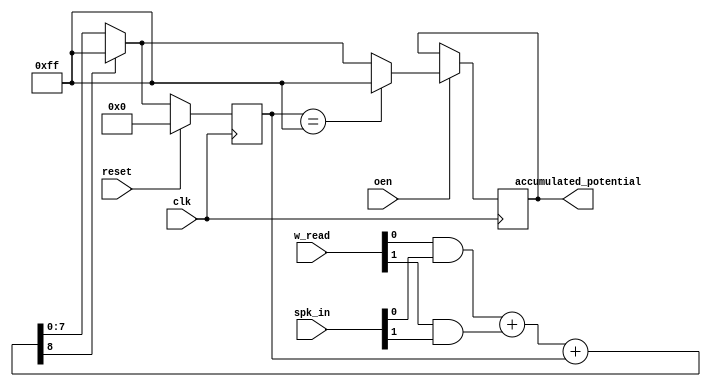
`default_nettype none
`timescale 1ns/1ns

module accumulator (
    input wire [1:0] w_read,
    input wire [1:0] spk_in,
    input wire oen,
    output reg [7:0] accumulated_potential,
    // input wire [8:0] cntr,
    input wire clk, reset
    );

    wire [1:0] synapse;
    wire [8:0] accumulator_next;
    reg [7:0] accumulator_reg;

    always @(posedge clk) begin
        if (reset) begin
            accumulator_reg <= 0;
        end else begin
            if (accumulator_next[8]) begin
                accumulator_reg <= 8'd255;
            end else begin
                accumulator_reg <= accumulator_next;
            end
        end
    end

    assign synapse[0] = w_read[0] & spk_in[0];
    assign synapse[1] = w_read[1] & spk_in[1];

    assign accumulator_next = synapse[0] + synapse[1] + accumulator_reg;



    always @(posedge clk) begin
        if (oen == 1) begin
            if (accumulator_reg == 8'd255) begin
                accumulated_potential <= 8'd255;
            end else begin
                if (accumulator_next[8]) begin
                    accumulated_potential <= 8'd255;
                end else begin
                    accumulated_potential <= accumulator_next;
                end
            end
        end
    end

    `ifdef COCOTB_SIM
    initial begin
    $dumpfile ("accumulator.vcd");
    $dumpvars (0, accumulator);
    #1;
    end
    `endif

endmodule